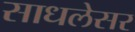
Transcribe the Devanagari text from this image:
साधलेसर